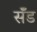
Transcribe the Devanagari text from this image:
सॅंड